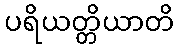
ပရိယတ္တိယာတိ